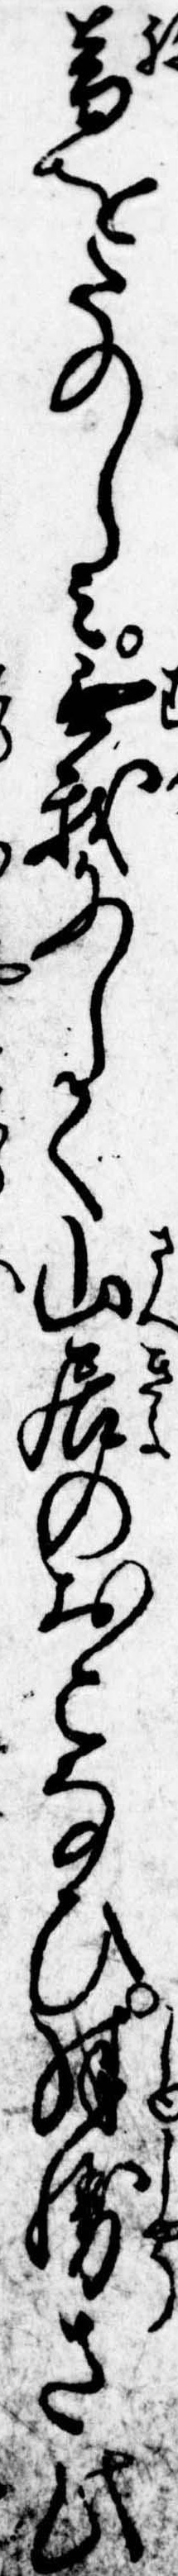
音をたのしみ無我にして山居のおこなひ殊勝さ此